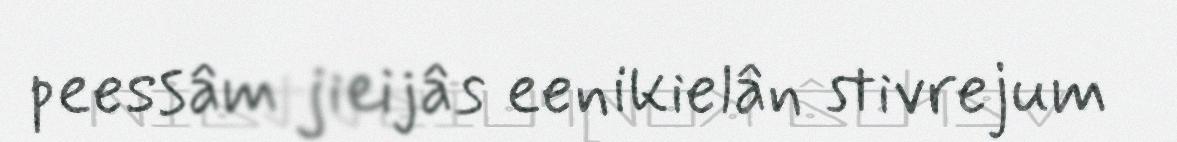
peessâm jieijâs eenikielân stivrejum